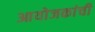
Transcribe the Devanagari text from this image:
आयोजकांची